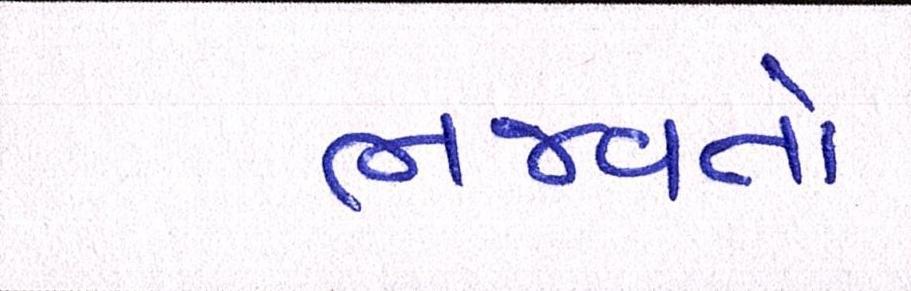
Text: ભજવતો